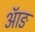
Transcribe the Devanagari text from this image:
ऑङ